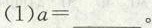
(1)$$a = ___$$。